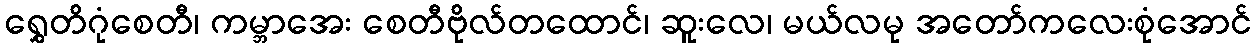
ရွှေတိဂုံစေတီ၊ ကမ္ဘာအေး စေတီဗိုလ်တထောင်၊ ဆူးလေ၊ မယ်လမု အတော်ကလေးစုံအောင်